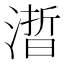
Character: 𰜱